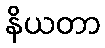
နိယတာ